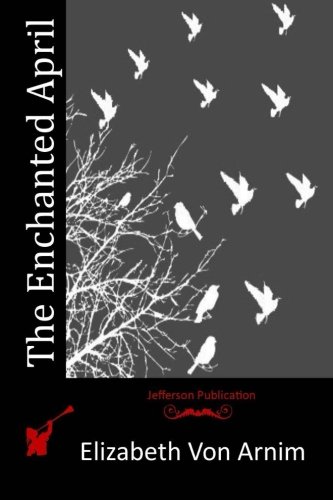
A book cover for The Enchanted April; Elizabeth Von Arnim; Romance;